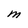
Character: M